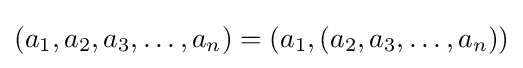
(a_{1},a_{2},a_{3},\ldots ,a_{n})=(a_{1},(a_{2},a_{3},\ldots ,a_{n}))